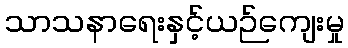
သာသနာရေးနှင့်ယဉ်ကျေးမှု